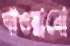
খাওয়ামো